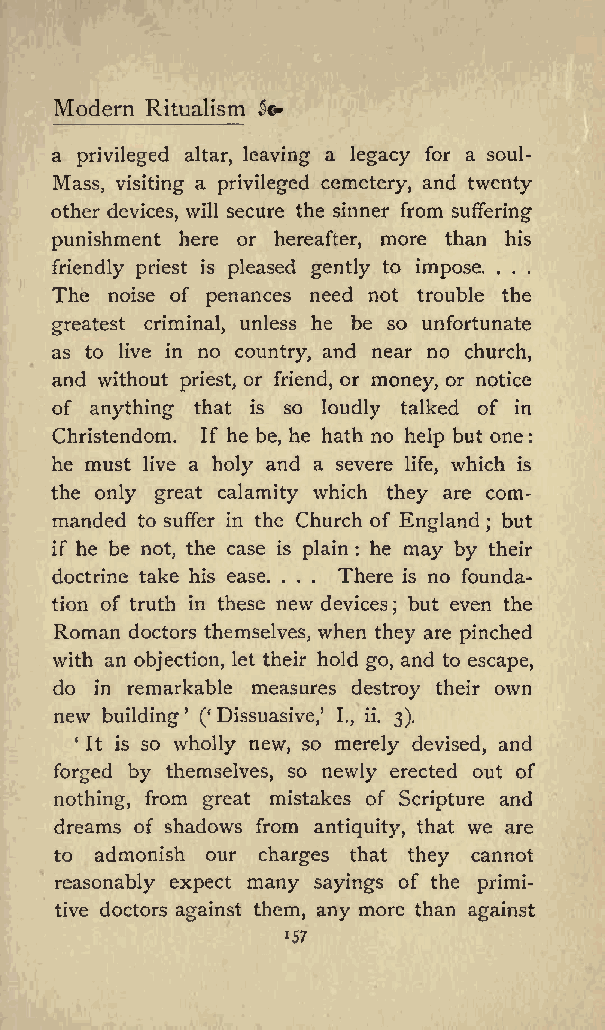
Modern Ritualism &o
 a privileged altar, leaving a legacy for a soul-
 Mass, visiting a privileged cemetery, and twenty
 other devices, will secure the sinner from suffering
 punishment here or hereafter, more than his
 friendly priest is pleased gently to impose. . . .
 The noise of penances need not trouble the
 greatest criminal, unless he be so unfortunate
 as to live in no country, and near no church,
 and without priest, or friend, or money, or notice
 of anything that is so loudly talked of in
 Christendom. If he be, he hath no help but one:
 he must live a holy and a severe life, which is
 the only great calamity which they are com
 manded to suffer in the Church of England but
 ;
 if he be not, the case is plain : he may by their
 doctrine take his ease. . . . There is no founda
 tion of truth in these new devices but even the
 ;
 Roman doctors themselves, when they are pinched
 with an objection, let their hold go, and to escape,
 do in remarkable measures destroy their own
 new
 building ( Dissuasive, I., ii. 3).
 It is so wholly new, so merely devised, and
 forged by themselves, so newly erected out of
 nothing, from great mistakes of Scripture and
 dreams of shadows from antiquity, that we are
 to admonish our charges that they cannot
 reasonably expect many sayings of the primi
 tive doctors against them, any more than against